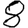
Digit: 8